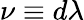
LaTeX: \nu\equiv d\lambda